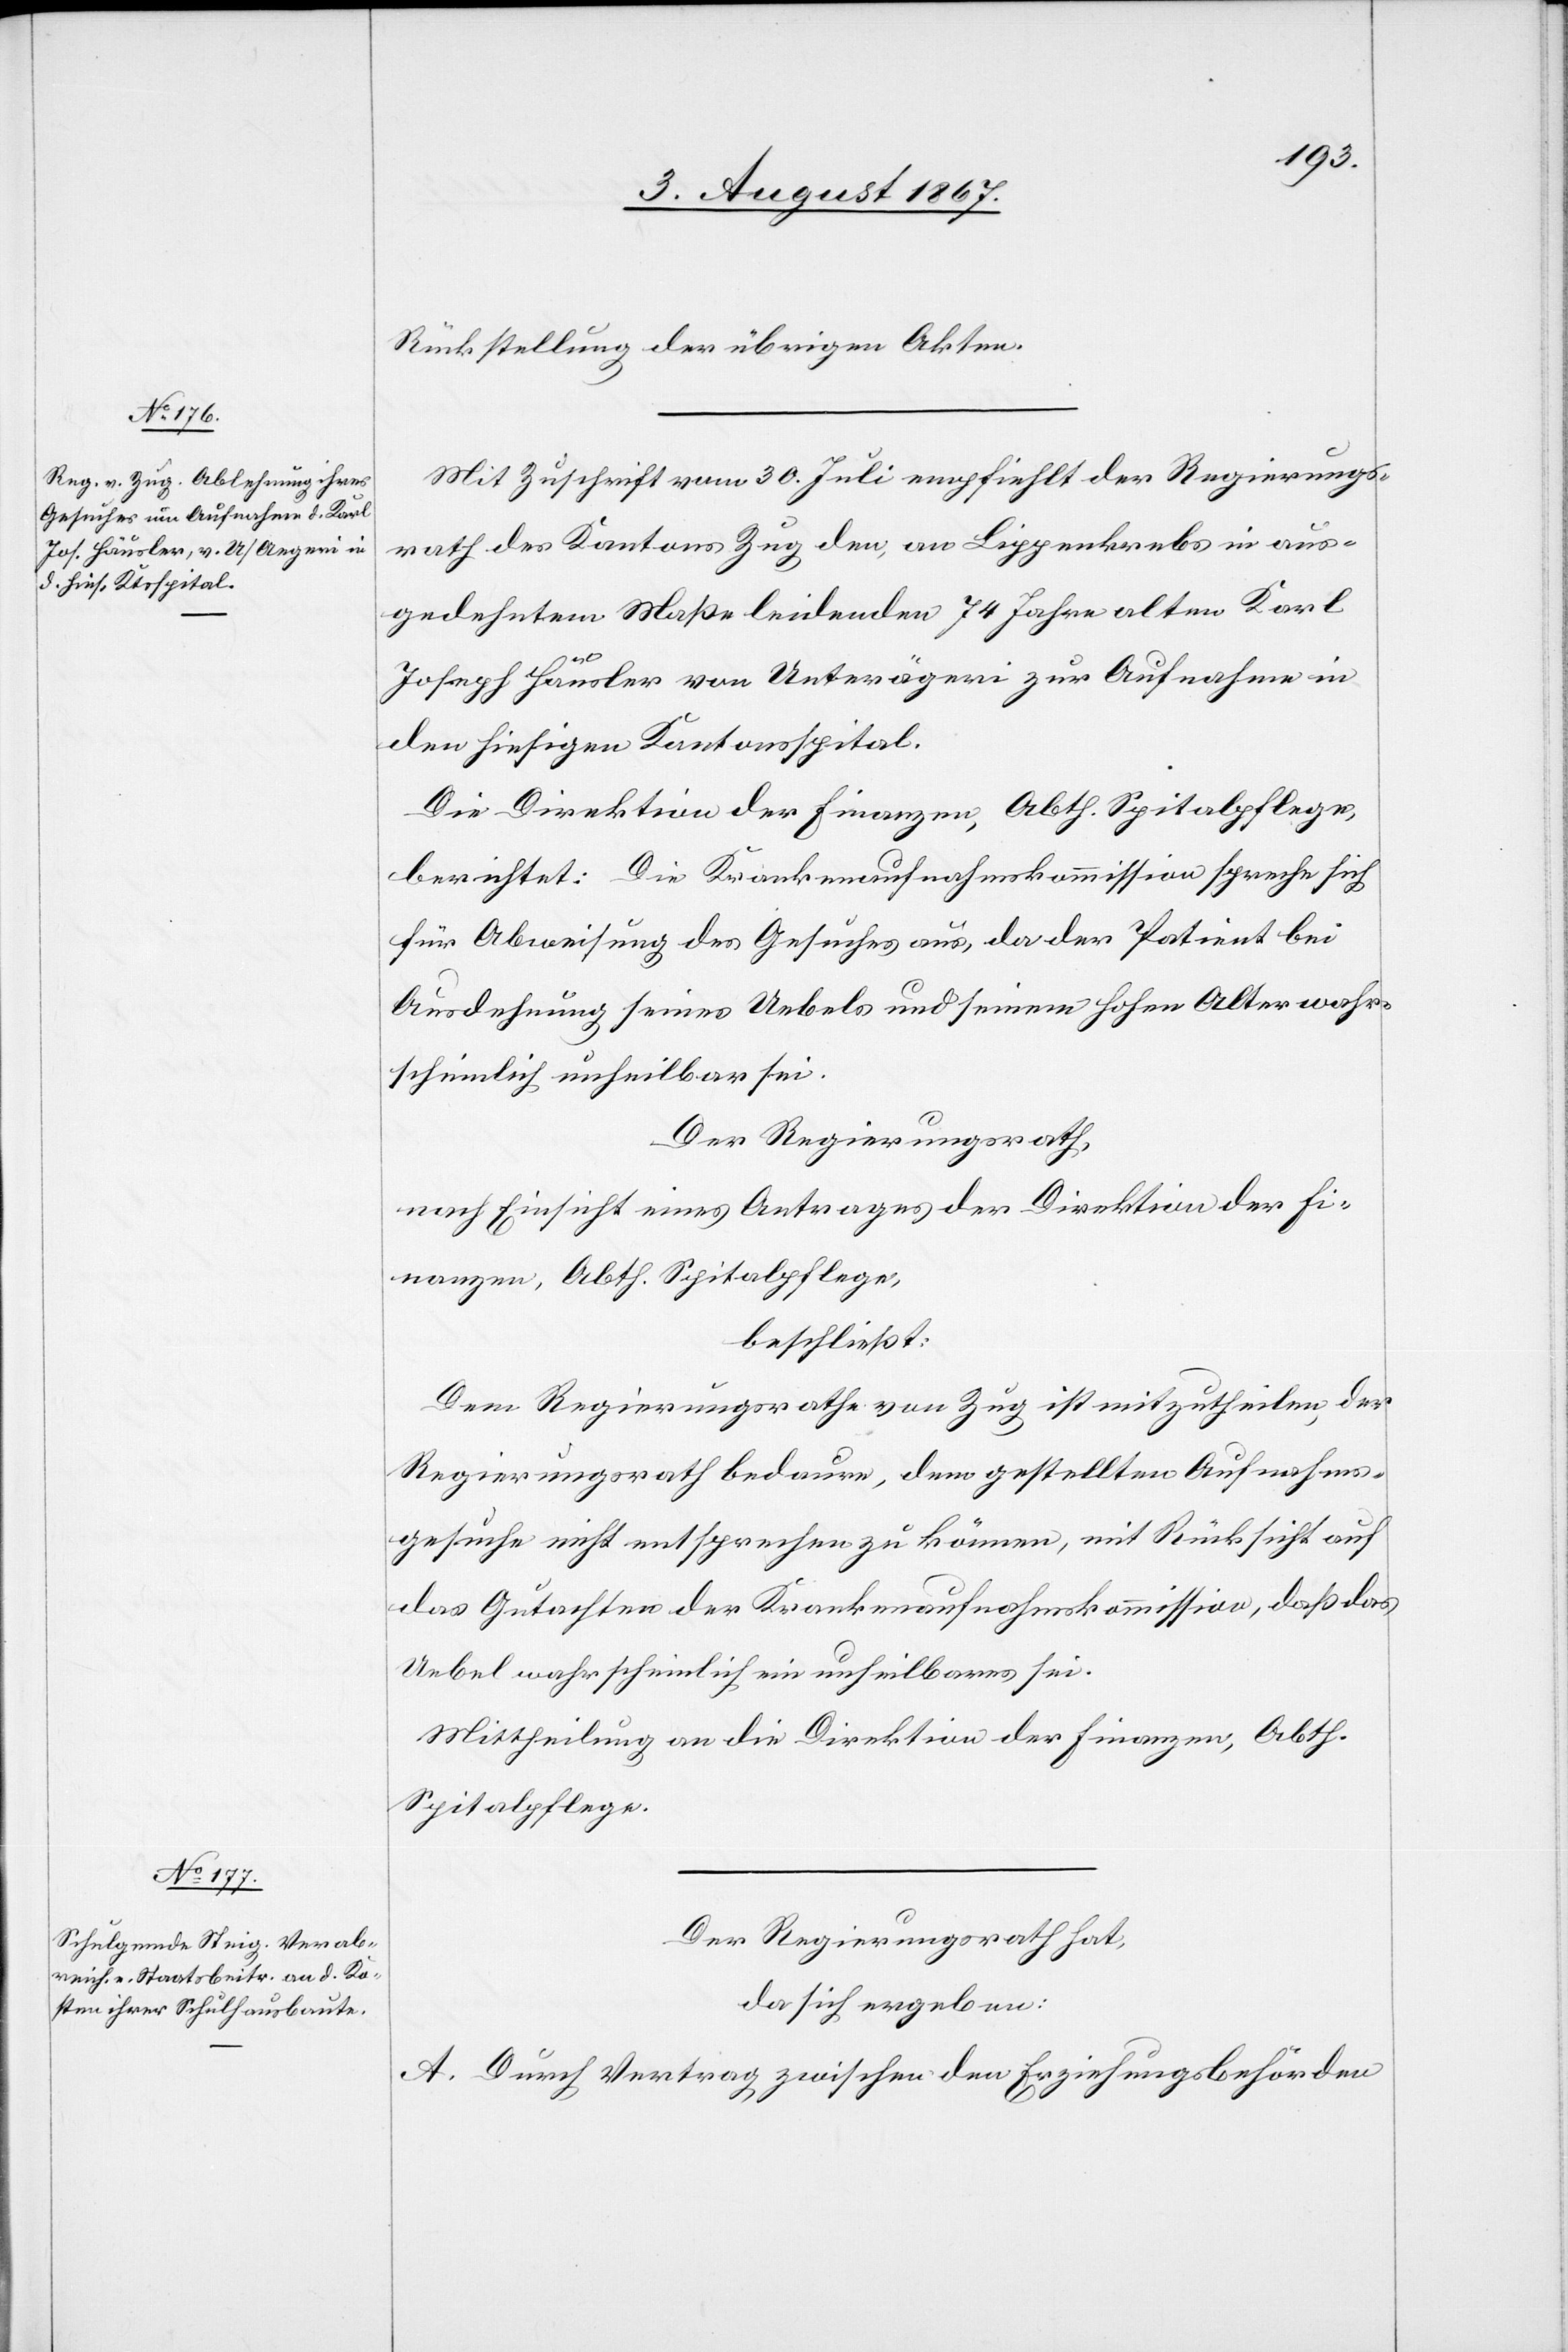
Rückstellung der übrigen Akten.
Mit Zuschrift vom 30. Juli empfiehlt der Regierungs¬
rath des Kantons Zug den, an Lippenkrebs in aus¬
gedehntem Maße leidenden 74 Jahre alten Karl
Joseph Häusler von Unterägeri zur Aufnahme in
den hiesigen Kantonsspital.
Die Direktion der Finanzen, Abth. Spitalpflege,
berichtet: Die Krankenaufnahmskommission spreche sich
für Abweisung des Gesuches aus, da der Patient bei
Ausdehnung seines Uebels und seinem hohen Alter wahr¬
scheinlich unheilbar sei.
Der Regierungsrath,
nach Einsicht eines Antrages der Direktion der Fi¬
nanzen, Abth. Spitalpflege,
beschließt:
Dem Regierungsrathe von Zug ist mitzutheilen, der
Regierungsrath bedaure, dem gestellten Aufnahms¬
gesuche nicht entsprechen zu können, mit Rücksicht auf
das Gutachten der Krankenaufnahmskommission, daß das
Uebel wahrscheinlich ein unheilbares sei.
Mittheilung an die Direktion der Finanzen, Abth.
Spitalpflege.
Der Regierungsrath hat,
da sich ergeben:
A. Durch Vertrag zwischen den Erziehungsbehörden